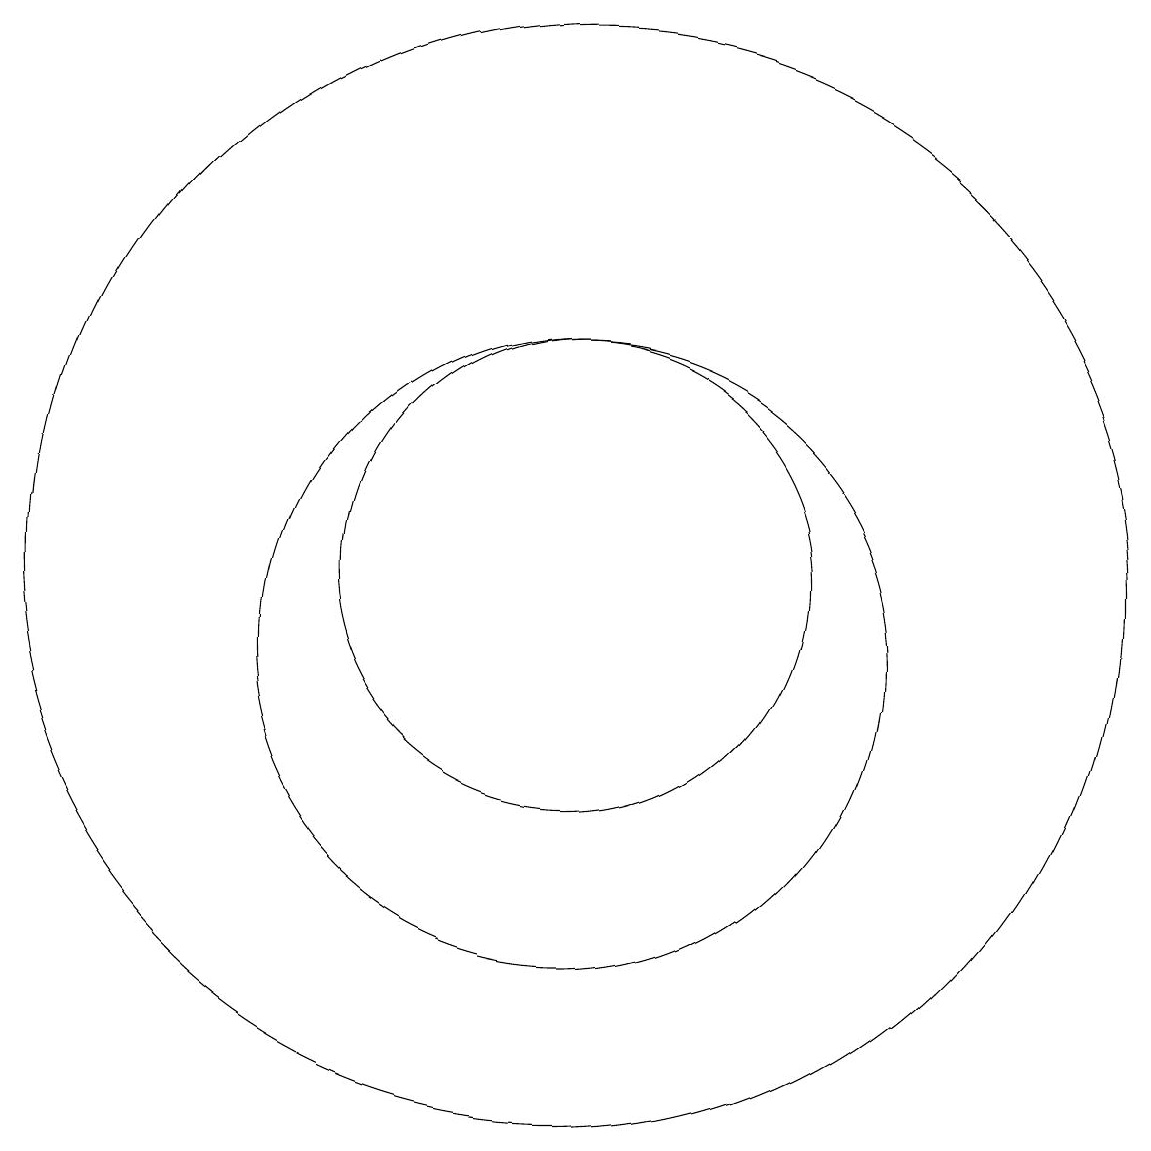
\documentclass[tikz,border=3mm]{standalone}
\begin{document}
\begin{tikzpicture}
\draw (11,11) circle (3);
\draw (11,10) circle (4);
\draw (11,11) circle (7);
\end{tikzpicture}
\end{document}